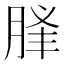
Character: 𦛥